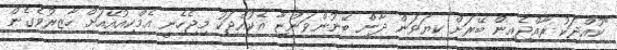
"ކުއްޖަކު ރާއްޖެއިން ބޭރަށް ކިޔަވަން ދާން ބޭނުންވަންޏާ އެކުއްޖަކު މިޖެހެނީ އެމްކިއުއޭއަށް ހާޒިރުވެގެން